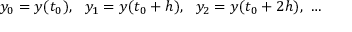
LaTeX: y _ { 0 } = y ( t _ { 0 } ) , \ \ y _ { 1 } = y ( t _ { 0 } + h ) , \ \ y _ { 2 } = y ( t _ { 0 } + 2 h ) , \ \dots